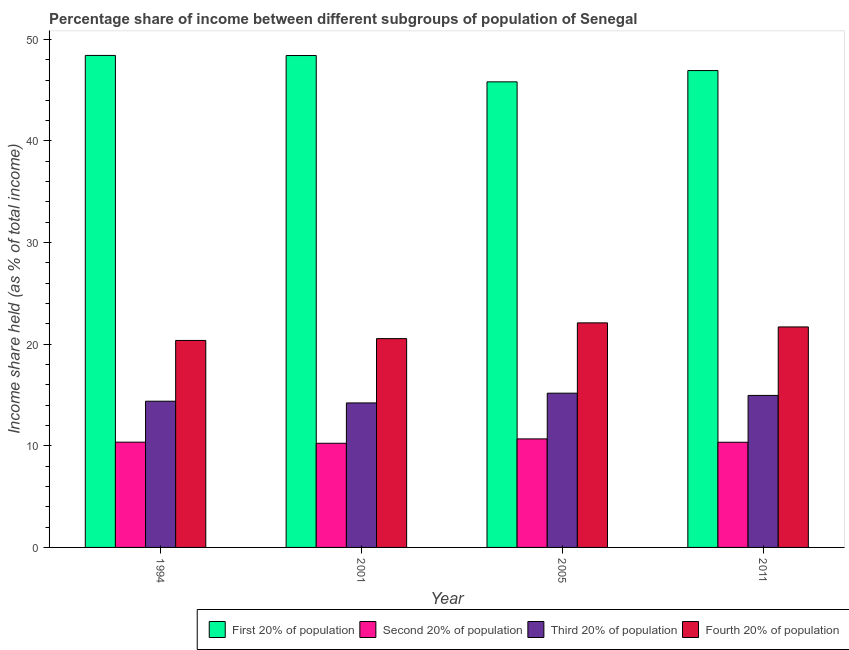
| Year | First 20% of population | Second 20% of population | Third 20% of population | Fourth 20% of population |
 | --- | --- | --- | --- | --- |
 | 1994 | 48.4 | 10.4 | 14.4 | 20.4 |
 | 2001 | 48.4 | 10.2 | 14.2 | 20.6 |
 | 2005 | 45.8 | 10.7 | 15.2 | 22.1 |
 | 2011 | 46.9 | 10.3 | 15 | 21.7 |